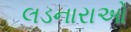
લડનારાઓ